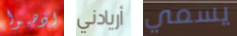
اذهبوا أريادني يسمي